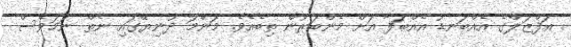
އަފްޒަލްގެ އެއްބަނޑު އެއްބަފާ އަށް މެންބަރުން ތިބެއެވެ. މަންމަ ދުނިޔޭގައި ނެތް ނަމަވެސް